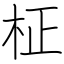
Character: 柾